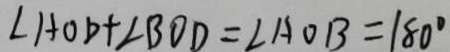
\angle A O D + \angle B O D = \angle A O B = 1 8 0 ^ { \circ }